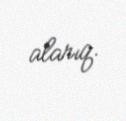
alarıq.